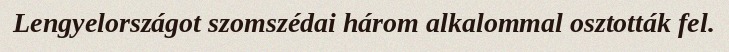
Lengyelországot szomszédai három alkalommal osztották fel.